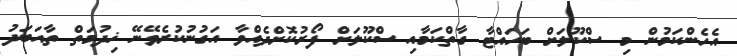
އެހެންކަމުން މި ސްކޫލަށް ބަހައްޓާ ގާތްކަމާއި ސްކޫލަށް ފޯޯރުކޮށްދެއްވާ އަގުނުކުރެވޭނޭ ޚިދުމަތް ތާއަބަދު